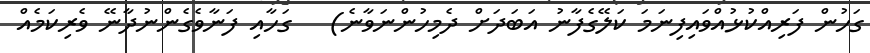
ގަހުން ފަރިއްކުޅުއްވައިފިނަމަ ކަލޭގެފާނު އަބަދަށް ދެމިހުންނަވާނެ)   ގަހާއި ފަނާވެގެންނުދާނޭ ވެރިކަމެއް